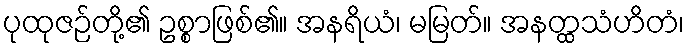
ပုထုဇဉ်တို့၏ ဥစ္စာဖြစ်၏။ အနရိယံ၊ မမြတ်။ အနတ္ထသံဟိတံ၊